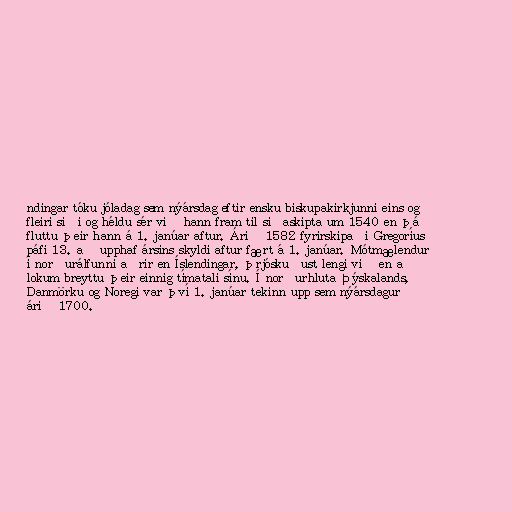
ndingar tóku jóladag sem nýársdag eftir ensku biskupakirkjunni eins og
fleiri siði og héldu sér við hann fram til siðaskipta um 1540 en þá
fluttu þeir hann á 1. janúar aftur. Árið 1582 fyrirskipaði Gregoríus
páfi 13. að upphaf ársins skyldi aftur fært á 1. janúar. Mótmælendur
í norðurálfunni aðrir en Íslendingar, þrjóskuðust lengi við en að
lokum breyttu þeir einnig tímatali sínu. Í norðurhluta Þýskalands,
Danmörku og Noregi var því 1. janúar tekinn upp sem nýársdagur
árið 1700.